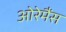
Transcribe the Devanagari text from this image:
ओरेमैंस